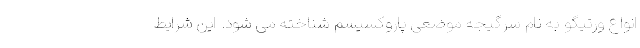
انواع ورتیگو به نام سرگیجه موضعی پاروکسیسم شناخته می شود. این شرایط